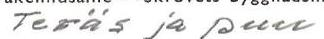
Teräs ja puu